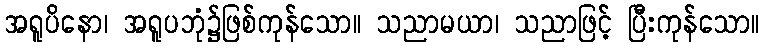
အရူပိနော၊ အရူပဘုံ၌ဖြစ်ကုန်သော။ သညာမယာ၊ သညာဖြင့် ပြီးကုန်သော။